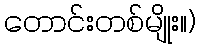
တောင်းတစ်မျိုး။)